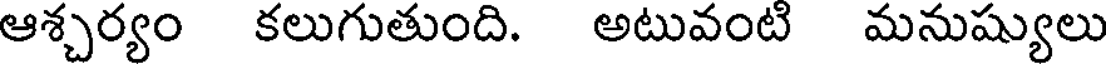
ఆశ్చర్యం కలుగుతుంది. అటువంటి మనుష్యులు